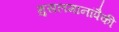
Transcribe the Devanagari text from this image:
मुसलमानांपैकी